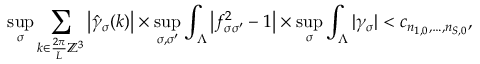
\operatorname* { s u p } _ { \sigma } \sum _ { k \in \frac { 2 \pi } { L } \mathbb { Z } ^ { 3 } } \left\vert \hat { \gamma } _ { \sigma } ( k ) \right\vert \times \operatorname* { s u p } _ { \sigma , \sigma ^ { \prime } } \int _ { \Lambda } \left\vert f _ { \sigma \sigma ^ { \prime } } ^ { 2 } - 1 \right\vert \times \operatorname* { s u p } _ { \sigma } \int _ { \Lambda } | \gamma _ { \sigma } | < c _ { n _ { 1 , 0 } , \ldots , n _ { S , 0 } } ,